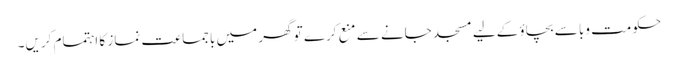
حکومت وبا سے بچاؤ کےلیے مسجد جانے سے منع کرے تو گھر میں باجماعت نماز کا اہتمام کریں۔